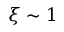
\xi \sim 1